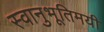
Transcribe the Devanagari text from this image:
स्वानुभूतिमयी